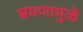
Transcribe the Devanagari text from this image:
भ्रमणामुळे